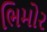
ભિમોર